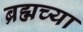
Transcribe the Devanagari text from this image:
ब्रह्मच्या